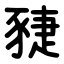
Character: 䝊